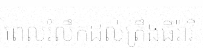
ពេលរំលឹកដល់ត្រឹងធីរ៉ាវី